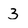
Character: 3